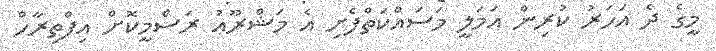
މީގެ ދެ އަހަރު ކުރިން އަމަލީ މަސައްކަތްފެށި އެ މަޝްރޫއު ރަސްމީކޮށް އިފްތިރާހް